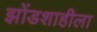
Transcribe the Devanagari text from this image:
झोंडशाहीला